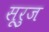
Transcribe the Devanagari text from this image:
सूरुज